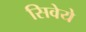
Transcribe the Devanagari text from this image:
सिवेये